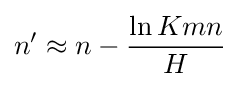
n'\approx n-{\frac {\ln Kmn}{H}}\;